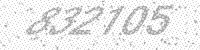
Solution: 832105